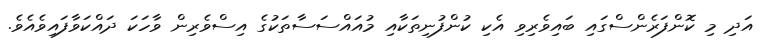
އަދި މި ކޮންފަރެންސްގައި ބައިވެރިވި އެކި ކުންފުނިތަކާއި މުއައްސަސާތަކުގެ އިސްވެރިން ވާހަކަ ދައްކަވާފައިވެެއެވެ.